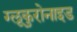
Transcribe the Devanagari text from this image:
ग्लूकुरोनाइड